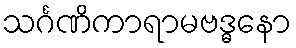
သင်္ဂဏိကာရာမဗဒ္ဓနော